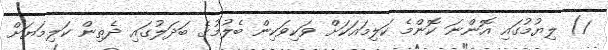
1) ލިޔުމުގައި އޮންނަ ކޮންމެ ކަލިމައަކަށް ވަކިވަކިން ބެލުމުގެ ބަދަލުގައި ދެތިން ކަލިމަޔަށް